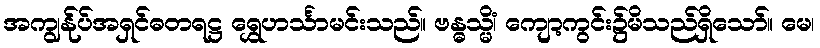
အကျွန်ုပ်အရှင်ဓတရဋ္ဌ ရွှေဟင်္သာမင်းသည်။ ဗန္ဓသ္မိံ၊ ကျော့ကွင်း၌မိသည်ရှိသော်။ မေ၊